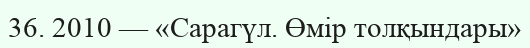
36. 2010 — «Сарагүл. Өмір толқындары»